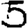
Digit: 5